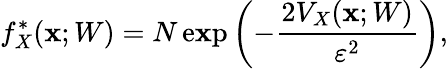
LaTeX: f_{X}^{*}(\mathbf{x};W)=N\, \mathrm{{e\mathbf{x}p}}\left(-\frac{{2V_{X}(\mathbf{x};W)}}{{\varepsilon^{2}}}\right),